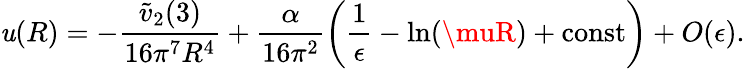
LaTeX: \mathit{u}(R)=-\frac{{\tilde{{v}}_{2}(3)}}{{16\pi^{7}R^{4}}}+\frac{{\alpha}}{{16\pi^{2}}}\left(\frac{{1}}{{\epsilon}}-\ln(\muR)+\mathrm{{const}}\right)+O(\epsilon).